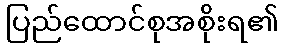
ပြည်ထောင်စုအစိုးရ၏